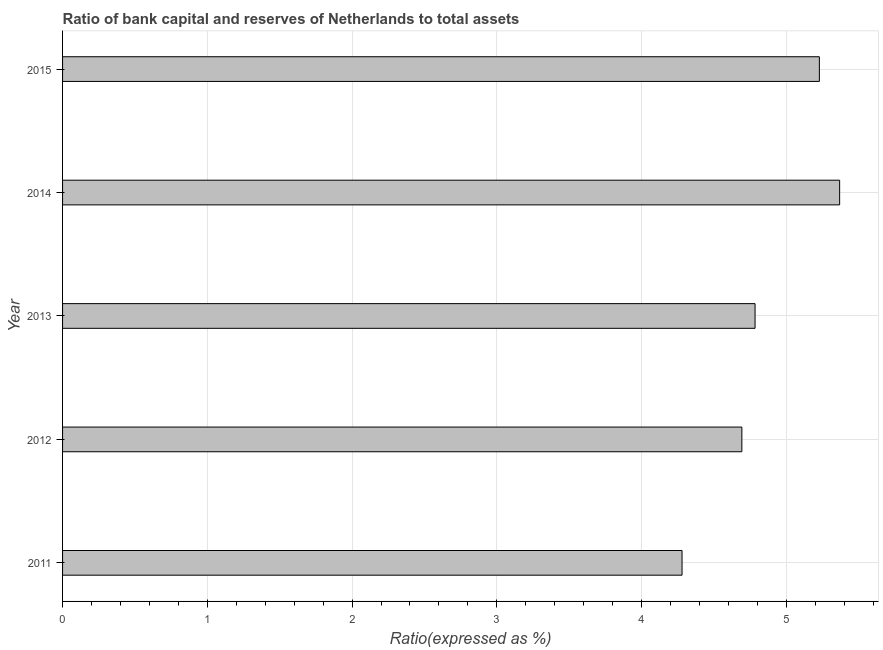
| Year | Bank capital to assets ratio |
 | --- | --- |
 | 2011 | 4.28 |
 | 2012 | 4.69 |
 | 2013 | 4.78 |
 | 2014 | 5.37 |
 | 2015 | 5.23 |